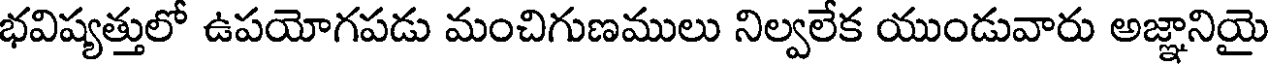
భవిష్యత్తులో ఉపయోగపడు మంచిగుణములు నిల్వలేక యుండువారు అజ్ఞానియై